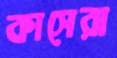
কাসেরা